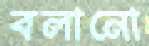
বলানো